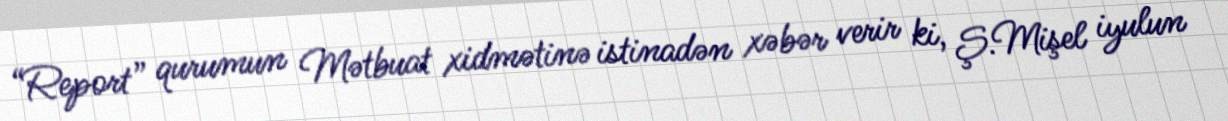
“Report” qurumun Mətbuat xidmətinə istinadən xəbər verir ki, Ş.Mişel iyulun